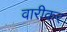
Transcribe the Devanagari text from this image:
वारीकर